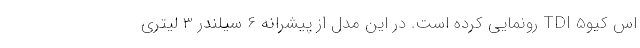
اس کیو5 TDI رونمایی کرده است. در این مدل از پیشرانه 6 سیلندر 3 لیتری